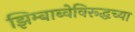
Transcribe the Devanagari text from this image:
झिम्बाब्वेविरूद्धच्या